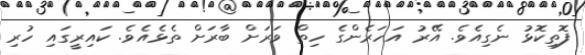
ފޮތިކޮޅު ނެގިއެވެ. އޭރު އަހަރެންގެ ހިތް ވަރަށް ބާރަށް ތެޅެއެވެ. ކައިރީގައި ހުރި